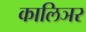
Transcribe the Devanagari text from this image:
कालिञर